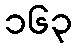
၁၆၃